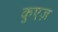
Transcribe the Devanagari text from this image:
कुएज़